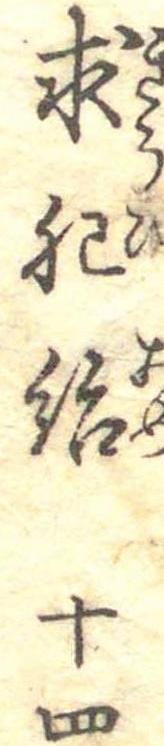
求肥飴十四